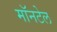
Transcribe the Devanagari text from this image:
मॉनटेल